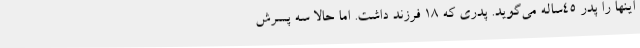
اینها را پدر 45ساله می‌گوید. پدری که 18 فرزند داشت. اما حالا سه پسرش